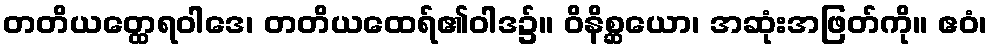
တတိယတ္ထေရဝါဒေ၊ တတိယထေရ်၏ဝါဒ၌။ ဝိနိစ္ဆယော၊ အဆုံးအဖြတ်ကို။ ဧဝံ၊